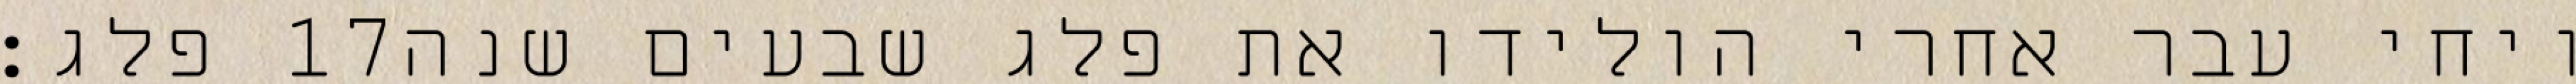
פלג׃ ‎17‏ ויחי עבר אחרי הולידו את פלג שבעים שנה